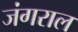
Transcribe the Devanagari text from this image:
जंगराल